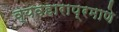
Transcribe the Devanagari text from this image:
व्यवहाराप्रमाणे